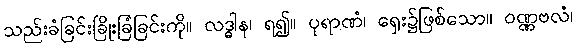
သည်းခံခြင်းခြိုးခြံခြင်းကို။ လဒ္ဓါန၊ ရ၍။ ပုရာဏံ၊ ရှေး၌ဖြစ်သော။ ဝဏ္ဏဗလံ၊